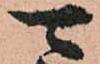
可